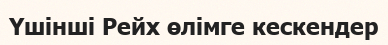
Үшінші Рейх өлімге кескендер